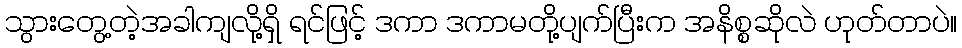
သွားတွေ့တဲ့အခါကျလို့ရှိ ရင်ဖြင့် ဒကာ ဒကာမတို့ပျက်ပြီးက အနိစ္စဆိုလဲ ဟုတ်တာပဲ။